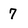
Character: 7